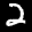
Label: 2